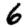
Digit: 6